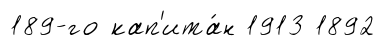
189-го кап'ита́н 1913 1892